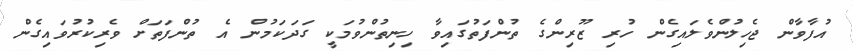
އުފާވާން ޖެހިލުންވެލައިގެން ހުރި ޒޫރިންގެ ތުންފަތުގައިވާ ހިނިތުންވުމަކީ ގަދަކަމުން އެ ތުންފަތަށް ވެރިކުރުވައިގެން